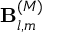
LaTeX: \mathbf { B } _ { l , m } ^ { ( M ) }